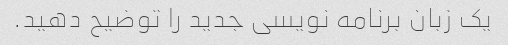
یک زبان برنامه نویسی جدید را توضیح دهید.